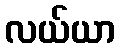
လယ်ယာ